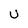
Character: U